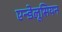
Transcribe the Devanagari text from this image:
एन्डेलूसियन